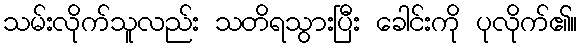
သမ်းလိုက်သူလည်း သတိရသွားပြီး ခေါင်းကို ပုလိုက်၏။